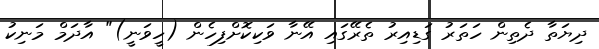
ދިޔަތާ ދެތިން ހަތަރު ގަޑިއިރު ތެރޭގައި އޭނާ ވަކިކޮށްފިހެން (ހީވަނީ)" އާދަމް މަނިކު